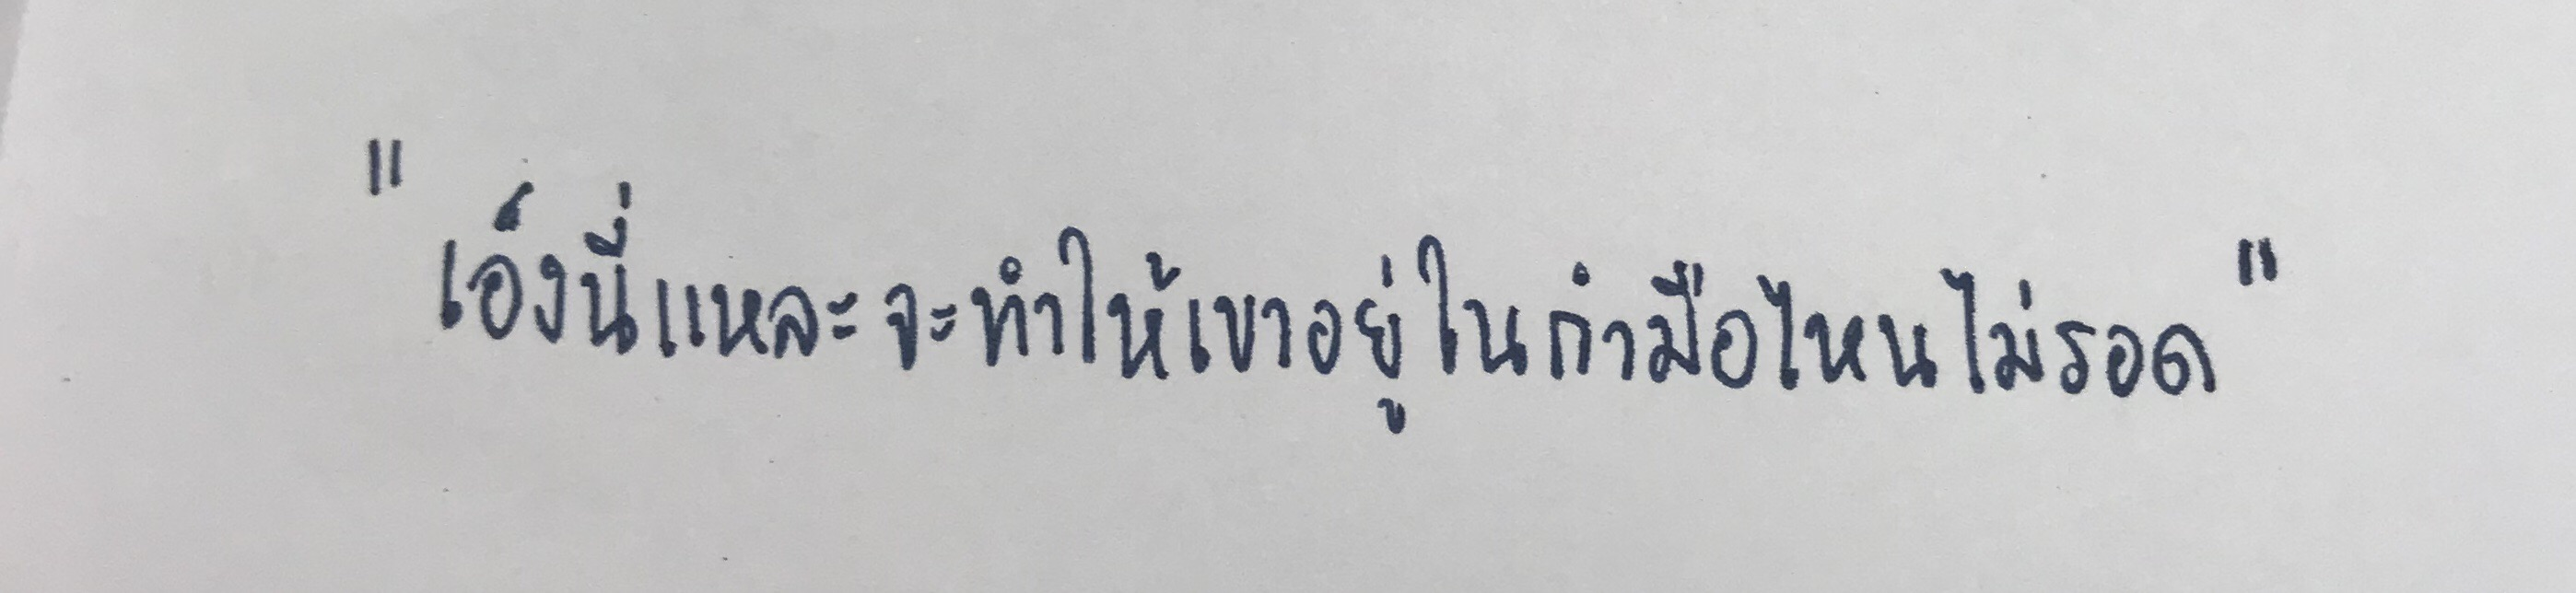
"เอ็งนี่แหละจะทำให้เขาอยู่ในกำมือไหนไม่รอด"